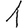
Digit: 1